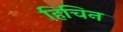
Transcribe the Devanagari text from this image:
हिचिन